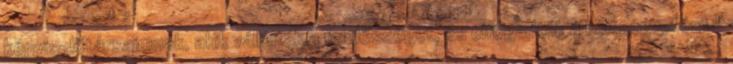
képviselőtársaimnak, akik vállalták a felelősséget, és elfogadták a költségvetést."